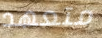
متعهد